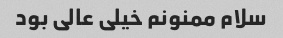
سلام ممنونم خیلی عالی بود